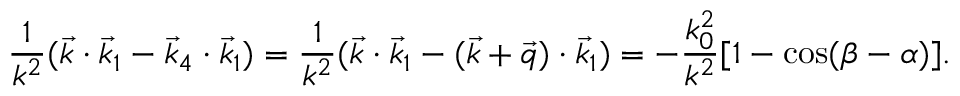
\frac { 1 } { k ^ { 2 } } ( \vec { k } \cdot \vec { k } _ { 1 } - \vec { k } _ { 4 } \cdot \vec { k } _ { 1 } ) = \frac { 1 } { k ^ { 2 } } ( \vec { k } \cdot \vec { k } _ { 1 } - ( \vec { k } + \vec { q } ) \cdot \vec { k } _ { 1 } ) = - \frac { k _ { 0 } ^ { 2 } } { k ^ { 2 } } [ 1 - \cos ( \beta - \alpha ) ] .